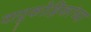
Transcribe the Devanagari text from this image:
वायुकोष्ठिकांच्या